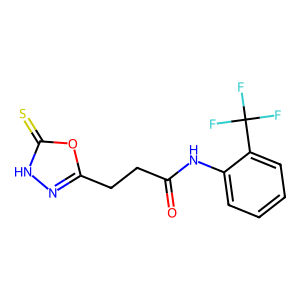
SMILES: O=C(CCc1n[nH]c(=S)o1)Nc1ccccc1C(F)(F)F
Inhibits HIV replication: No